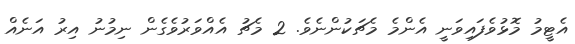
އެޓީމު މޮޅުވެފައިވަނީ އެންމެ މެޗަކުންނެވެ. 2 މެޗު އެއްވަރުވެގެން ނިމުނު އިރު އަނެއް